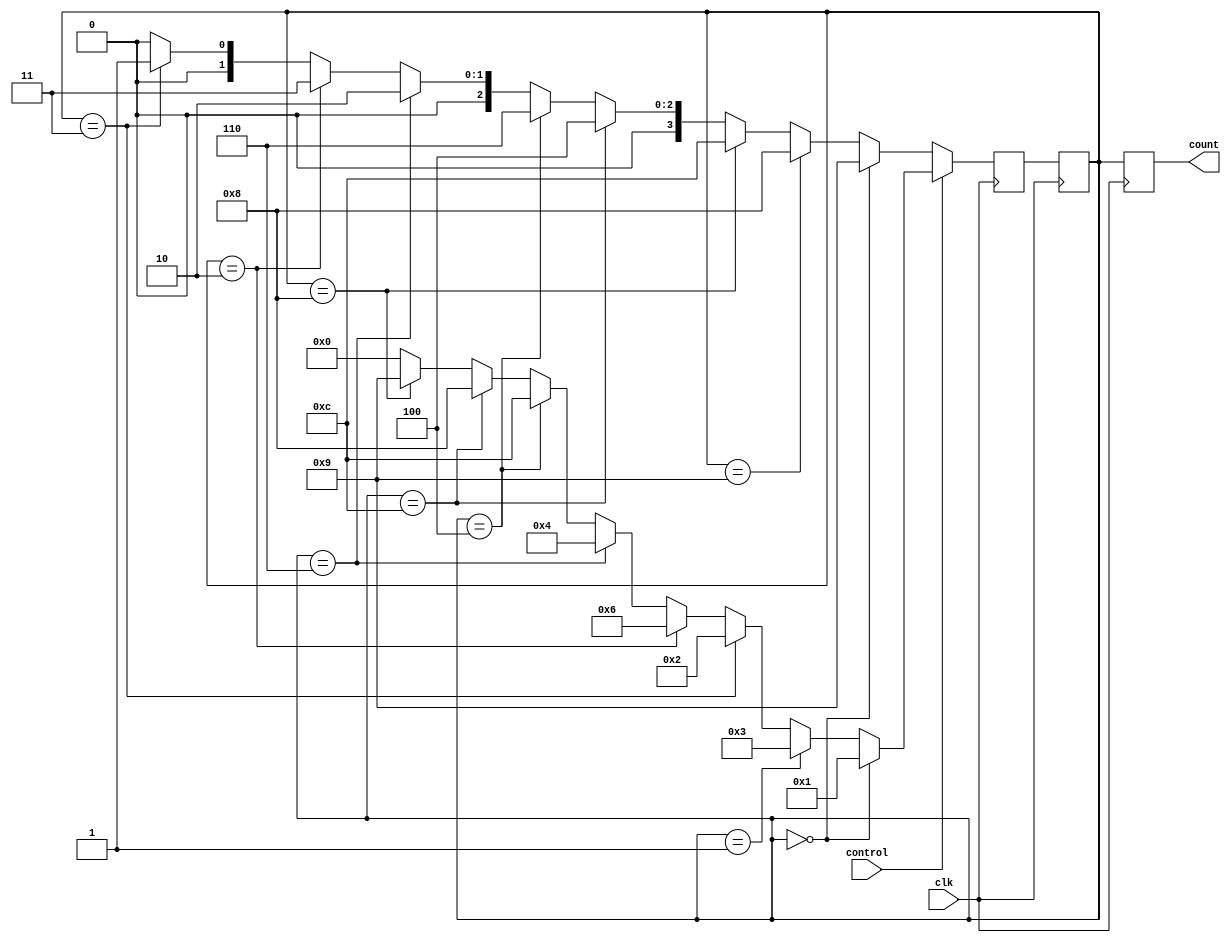
module GrayCounter (
    input wire clk,
    input wire control,
    output reg [3:0] count
);

reg [3:0] gray;
reg [3:0] next_gray;

always @ (posedge clk) begin
    if (control) begin
        if (gray == 4'b0000) begin
            next_gray = 4'b0001;
        end else if (gray == 4'b0001) begin
            next_gray = 4'b0011;
        end else if (gray == 4'b0011) begin
            next_gray = 4'b0010;
        end else if (gray == 4'b0010) begin
            next_gray = 4'b0110;
        end else if (gray == 4'b0110) begin
            next_gray = 4'b0100;
        end else if (gray == 4'b0100) begin
            next_gray = 4'b1100;
        end else if (gray == 4'b1100) begin
            next_gray = 4'b1000;
        end else if (gray == 4'b1000) begin
            next_gray = 4'b1001;
        end else begin
            next_gray = 4'b0000;
        end
    end else begin
        if (gray == 4'b0000) begin
            next_gray = 4'b1001;
        end else if (gray == 4'b1001) begin
            next_gray = 4'b1000;
        end else if (gray == 4'b1000) begin
            next_gray = 4'b1100;
        end else if (gray == 4'b1100) begin
            next_gray = 4'b0100;
        end else if (gray == 4'b0100) begin
            next_gray = 4'b0110;
        end else if (gray == 4'b0110) begin
            next_gray = 4'b0010;
        end else if (gray == 4'b0010) begin
            next_gray = 4'b0011;
        end else if (gray == 4'b0011) begin
            next_gray = 4'b0001;
        end else begin
            next_gray = 4'b0000;
        end
    end
end

always @ (posedge clk) begin
    gray <= next_gray;
    count <= gray;
end

endmodule